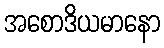
အစောဒိယမာနော